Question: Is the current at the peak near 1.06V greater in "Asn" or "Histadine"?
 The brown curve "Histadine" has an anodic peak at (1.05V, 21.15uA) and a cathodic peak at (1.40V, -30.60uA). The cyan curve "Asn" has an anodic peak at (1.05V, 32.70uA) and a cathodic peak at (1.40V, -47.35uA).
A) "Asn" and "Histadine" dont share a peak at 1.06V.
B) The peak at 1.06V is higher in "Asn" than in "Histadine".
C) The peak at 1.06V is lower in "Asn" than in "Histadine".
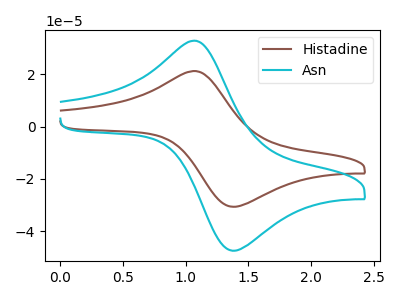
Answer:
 <answer>B) The peak at 1.06V is higher in "Asn" than in "Histadine".</answer>
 <eval>B</eval>